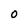
Character: O